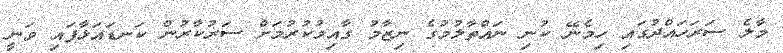
މާލެ ސަރަހައްދުގައި ހިމެނޭ ކުނި ނައްތާލުމުގެ ނިޒާމު ގާއިމުކުރުމަށް ސަރުކާރުން ކަނޑައަޅާފައި ވަނީ